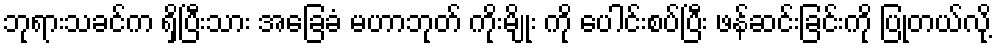
ဘုရားသခင်က ရှိပြီးသား အခြေခံ မဟာဘုတ် ကိုးမျိုး ကို ပေါင်းစပ်ပြီး ဖန်ဆင်းခြင်းကို ပြုတယ်လို့